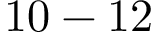
1 0 - 1 2